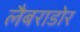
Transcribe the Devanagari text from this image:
लैबराडोर